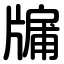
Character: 牖